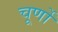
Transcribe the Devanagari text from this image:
चूर्णों